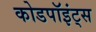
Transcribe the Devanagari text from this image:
कोडपॉइंट्स